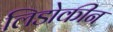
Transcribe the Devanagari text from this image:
लिडोकीन